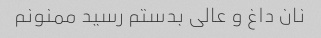
نان داغ و عالی بدستم رسید ممنونم